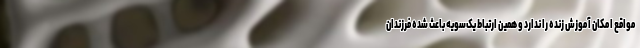
مواقع امکان آموزش زنده را ندارد و همین ارتباط یک‌سویه باعث شده فرزندان